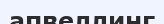
апвеллинг